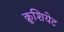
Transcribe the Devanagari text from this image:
क्रूशियेट